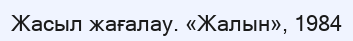
Жасыл жағалау. «Жалын», 1984